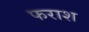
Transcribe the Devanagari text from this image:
फराश